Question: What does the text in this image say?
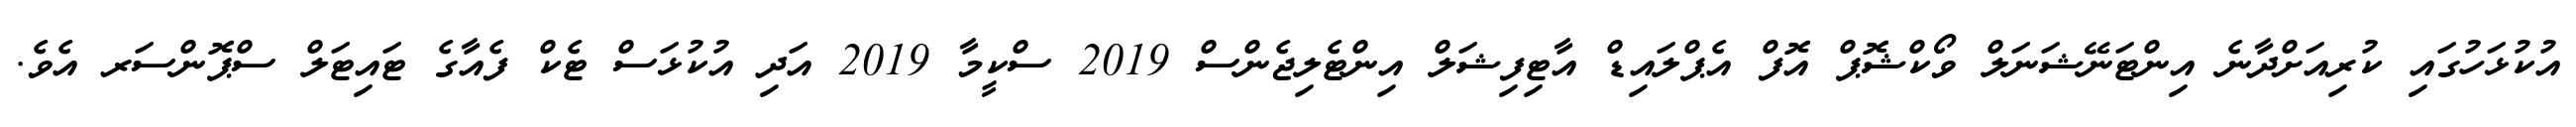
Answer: އުކުޅަހުގައި ކުރިއަށްދާނެ އިންޓަނޭޝަނަލް ވޯކްޝޮޕް އޮފް އެޕްލައިޑް އާޓިފިޝަލް އިންޓެލިޖެންސް 2019 ސްކީމާ 2019 އަދި އުކުޅަސް ޓެކް ފެއާގެ ޓައިޓަލް ސްޕޮންސަރ އެވެ.